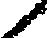
々